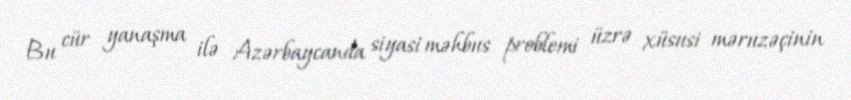
Bu cür yanaşma ilə Azərbaycanda siyasi məhbus problemi üzrə xüsusi məruzəçinin